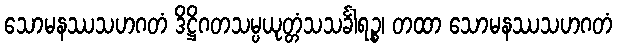
သောမနဿသဟဂတံ ဒိဋ္ဌိဂတသမ္ပယုတ္တံသသင်္ခါရဉ္စ၊ တထာ သောမနဿသဟဂတံ